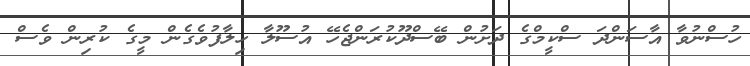
ހުސްނުވާ އާސަންދަ ސްކީމްގެ ދަށުން ބޭސްދޫކުރަންޖެހޭ އުސޫލާ ހިލާފުވެގެން މީގެ ކުރިން ވެސް